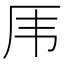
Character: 𠨼